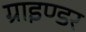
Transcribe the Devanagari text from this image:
ग्राइण्डर